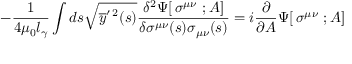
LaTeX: - { \frac { 1 } { 4 \mu _ { 0 } l _ { \gamma } } } \int d s \sqrt { \overline { { y } } ^ { \prime \, 2 } ( s ) } { \frac { \delta ^ { 2 } \Psi [ \, \sigma ^ { \mu \nu } \ ; A ] } { \delta \sigma ^ { \mu \nu } ( s ) \sigma _ { \mu \nu } ( s ) } } = i { \frac { \partial } { \partial A } } \Psi [ \, \sigma ^ { \mu \nu } \ ; A ]